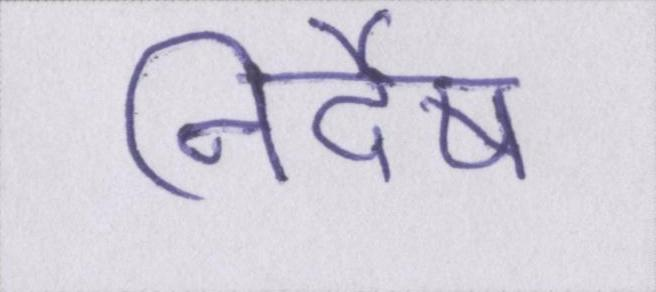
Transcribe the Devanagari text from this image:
निर्देष